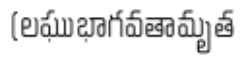
(లఘుభాగవతామృత